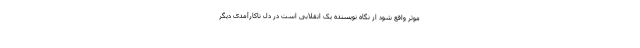
موثر واقع شود از نگاه نویسنده یک انقلابی است در دل ناکارآمدی دیگر